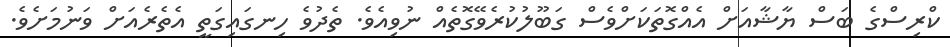
ކްރިސްގެ ބަސް ޔާޝާއަށް އެއްގޮތަކަށްވެސް ގަބޫލުކުރެވޭގޮތެއް ނުވިއެވެ. ތެދުވެ ހިނގައިގަތީ އެތެރެއަށް ވަނުމަށެވެ.